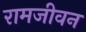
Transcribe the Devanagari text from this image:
रामजीवन